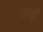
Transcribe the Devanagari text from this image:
ज्यँ